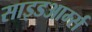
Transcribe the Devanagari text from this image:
साइडआर्म्स